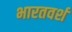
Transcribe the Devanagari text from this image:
भारतवर्श